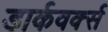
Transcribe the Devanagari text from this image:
डार्कवर्क्स